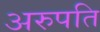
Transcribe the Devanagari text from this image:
अरुपति